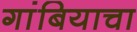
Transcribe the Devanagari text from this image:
गांबियाचा